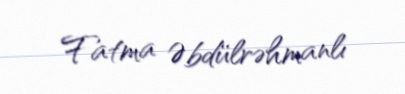
Fatma Əbdülrəhmanlı